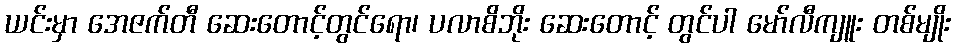
ယင်းမှာ အေဇက်တီ ဆေးတောင့်တွင်ရော၊ ပလာစိဘိုး ဆေးတောင့် တွင်ပါ မော်လီကျူး တစ်မျိုး